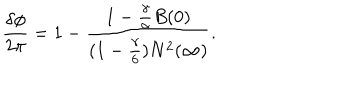
\frac { \delta \phi } { 2 \pi } = 1 - \frac { 1 - \frac { \gamma } { \alpha } B ( 0 ) } { ( 1 - { \frac { \gamma } { 6 } } ) N ^ { 2 } ( \infty ) } .